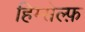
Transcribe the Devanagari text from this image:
हिम्सेल्फ़